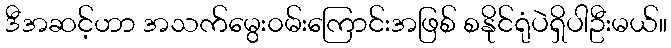
ဒီအဆင့်ဟာ အသက်မွေး၀မ်းကြောင်းအဖြစ် စနိုင်ရုံပဲရှိပါဦးမယ်။